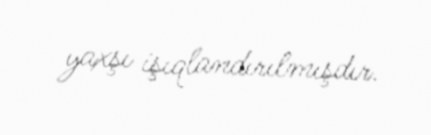
yaxşı işıqlandırılmışdır.